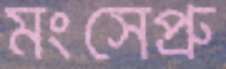
মংসেপ্রু